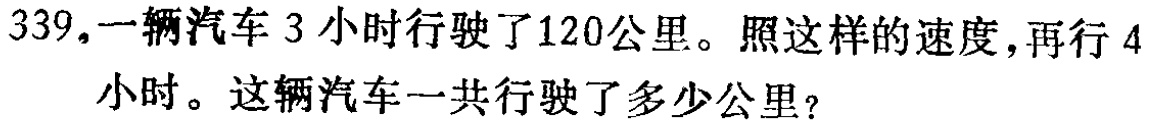
339.一辆汽车 3 小时行驶了120公里。照这样的速度，再行 4小时。这辆汽车一共行驶了多少公里？